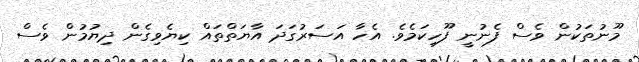
މޫނުތަކުން ވެސް ފެނުނީ ފޫހިކަމެވެ. އެހާ އަސަރުގަދަ އާޔަތްތައް ކިޔެވިގެން ދިޔުމުން ވެސް